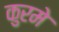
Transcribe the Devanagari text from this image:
कुरमे